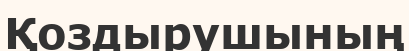
Қоздырушының